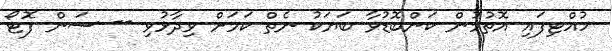
ހުއްޓިފައި އޮތުމުން ކަންބޮޑުވާ ބަޔަކު ނެތް ކަމަށް ވިދާޅުވި -- ސަން ފޮޓޯ